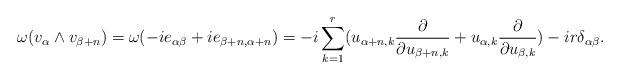
LaTeX: \begin{align*} \omega(v_\alpha \wedge v_{\beta+n})=\omega(-ie_{\alpha \beta}+ie_{\beta+n,\alpha+n})=-i\sum_{k=1}^{r}(u_{\alpha+n,k}\frac{\partial}{\partial u_{\beta+n,k}}+u_{\alpha,k}\frac{\partial}{\partial u_{\beta,k}})-i r \delta_{\alpha \beta}.\end{align*}